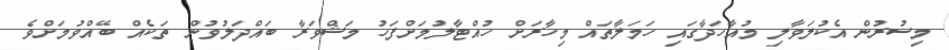
މިސުރުން އެކުލަވާލި މުއާހަދާގައި ހަމަލާތައް މިހާރަށް ހުއްޓާލުމަށްފަހު މަޝްވަރާ ބައްދަލުވުން ތަކެއް ބޭއްވުމަށްވެ